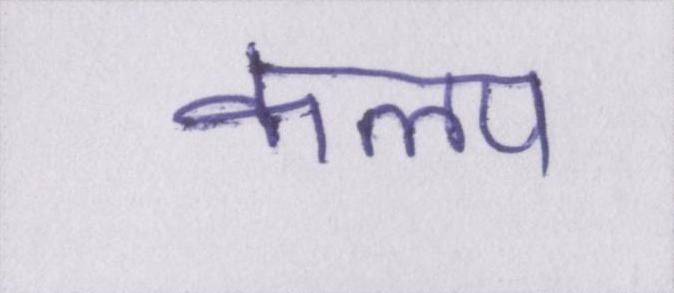
कलप